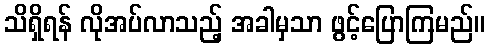
သိရှိရန် လိုအပ်လာသည့် အခါမှသာ ဖွင့်ပြောကြမည်။